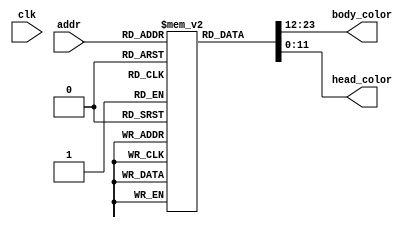
`timescale 1ns / 1ps

module ColorFile(
    input clk,
    input [2:0] addr,

    output reg[11:0] body_color,
    output reg[11:0] head_color
    );
    reg [23:0] colorfile [7:0];   //[23:12]body, [11:0]head
    initial begin
        colorfile[0] = 24'h00F448;//RED
        colorfile[1] = 24'h0FF06F;//YELOOW
        colorfile[2] = 24'hFF0F80;//BLUE
        colorfile[3] = 24'h4F0080;//GERRN
        colorfile[4] = 24'hC8FF0F;//PINK
        colorfile[5] = 24'h088048;//BROWN
        colorfile[6] = 24'h808408;//PURPUL
        colorfile[7] = 24'h88F008;//INCARNADINE
    end
    always @(*)begin
        body_color = colorfile[addr][23:12];
        head_color = colorfile[addr][11:0];
    end
endmodule